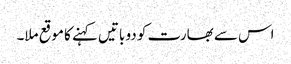
اس سے بھارت کو دو باتیں کہنے کا موقع ملا۔